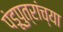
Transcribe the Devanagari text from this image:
पंडूपुत्रांच्या